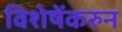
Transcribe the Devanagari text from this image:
विशेषेंकरुन